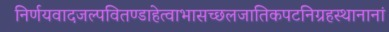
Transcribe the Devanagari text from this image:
निर्णयवादजल्पवितण्डाहेत्वाभासच्छलजातिकपटनिग्रहस्थानानां